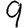
Digit: 9